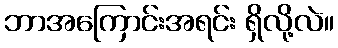
ဘာအကြောင်းအရင်း ရှိလို့လဲ။